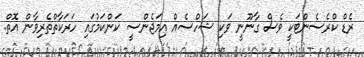
ރެޑް ކްރެސެންޓަކީ ވެސް ގާނޫނީ ވަކި ޝަހްސެއް އިމަޖެންސީ ކަންކަމުގައި ހަރަކާތްތެރިވާން އޮތް.